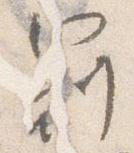
冠